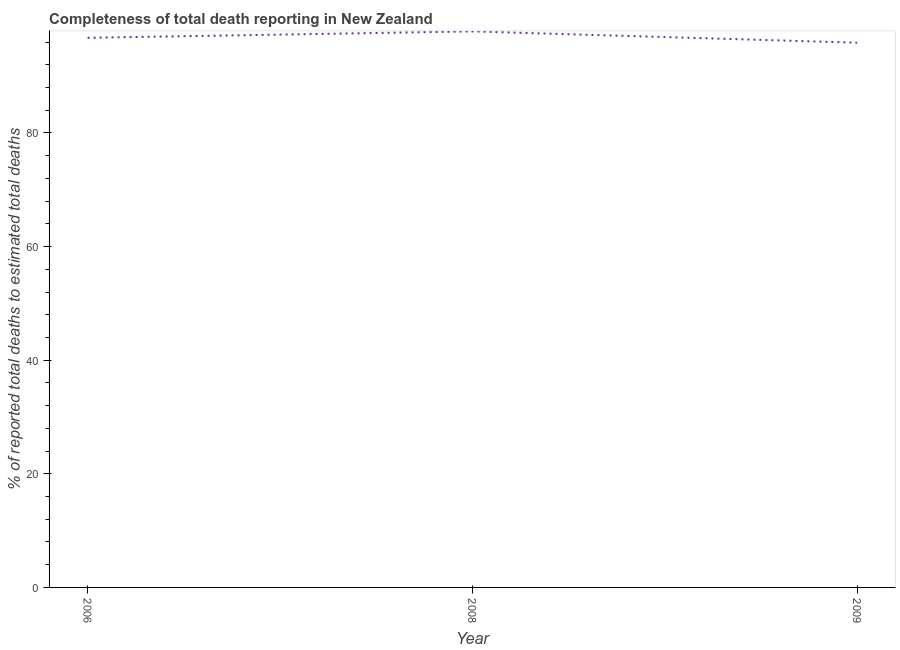
| Year | Completeness of total death reporting  |
 | --- | --- |
 | 2006 | 96.7 |
 | 2008 | 97.9 |
 | 2009 | 95.9 |